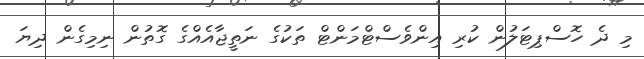
މި ދެ ހޮސްޕިޓަލުން ކުރި އިންވެސްޓްމަންޓް ތަކުގެ ނަތީޖާއެއްގެ ގޮތުން ނިމިގެން ދިޔަ